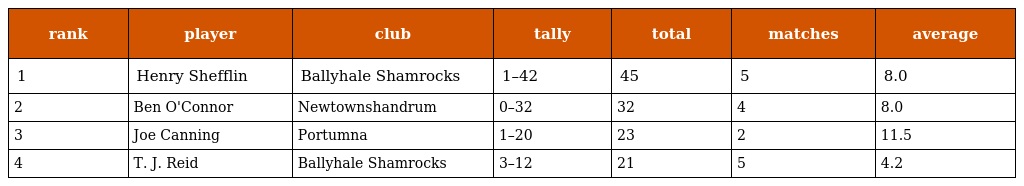
| rank | player | club | tally | total | matches | average |
 | --- | --- | --- | --- | --- | --- | --- |
 | 1 | Henry Shefflin | Ballyhale Shamrocks | 1–42 | 45 | 5 | 8.0 |
 | 2 | Ben O'Connor | Newtownshandrum | 0–32 | 32 | 4 | 8.0 |
 | 3 | Joe Canning | Portumna | 1–20 | 23 | 2 | 11.5 |
 | 4 | T. J. Reid | Ballyhale Shamrocks | 3–12 | 21 | 5 | 4.2 |